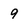
Character: 9